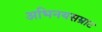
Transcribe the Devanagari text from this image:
अभिनयसम्राट